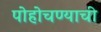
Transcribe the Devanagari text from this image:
पोहोचण्याची